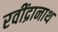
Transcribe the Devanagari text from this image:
रवींद्रानाथ